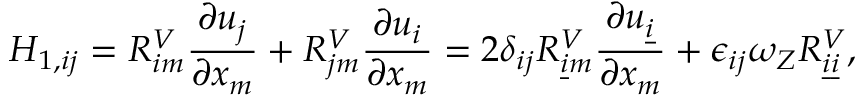
H _ { 1 , i j } = R _ { i m } ^ { V } \frac { \partial u _ { j } } { \partial x _ { m } } + R _ { j m } ^ { V } \frac { \partial u _ { i } } { \partial x _ { m } } = 2 \delta _ { i j } R _ { \underline { { i } } m } ^ { V } \frac { \partial u _ { \underline { { i } } } } { \partial x _ { m } } + \epsilon _ { i j } \omega _ { Z } R _ { \underline { { i } } \underline { { i } } } ^ { V } ,